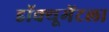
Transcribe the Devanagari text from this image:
डॉक्यूमेंटला